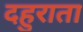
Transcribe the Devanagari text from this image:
दहुराता